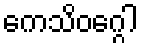
ကေသိဝဂ္ဂေါ